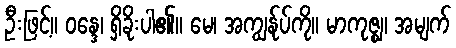
ဦးဖြင့်။ ဝန္ဒေ၊ ရှိခိုးပါ၏။ မေ၊ အကျွန်ုပ်ကို။ မာကုဇ္ဈ၊ အမျက်